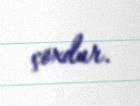
çoxdur.